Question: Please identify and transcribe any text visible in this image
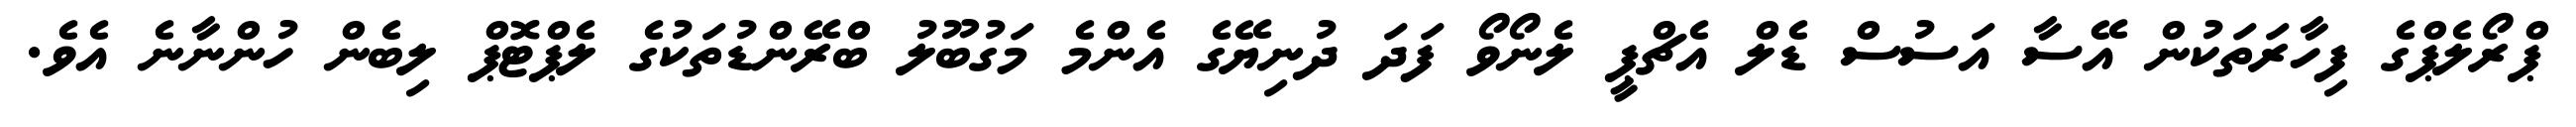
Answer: ޕްރޯލެޕްގެ ފިހާރަތަކުން އޭސާ އަސުސް ޑެލް އެޗްޕީ ލެނޯވޯ ފަދަ ދުނިޔޭގެ އެންމެ މަގުބޫލު ބްރޭންޑުތަކުގެ ލެޕްޓޮޕް ލިބެން ހުންނާނެ އެވެ.